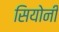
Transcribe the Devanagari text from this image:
सियोनी